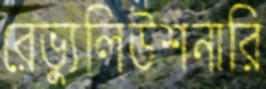
রেভ্যুলিউশনারি